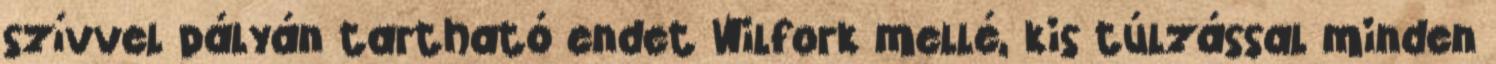
szívvel pályán tartható endet Wilfork mellé, kis túlzással minden